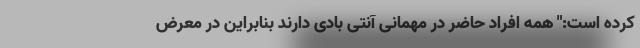
کرده است:" همه افراد حاضر در مهمانی آنتی بادی دارند بنابراین در معرض